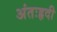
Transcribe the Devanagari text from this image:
अंतःहृदी